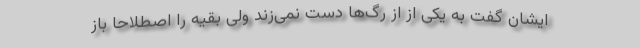
ایشان گفت به یکی از از رگ‌ها دست نمی‌زند ولی بقیه را اصطلاحاً باز